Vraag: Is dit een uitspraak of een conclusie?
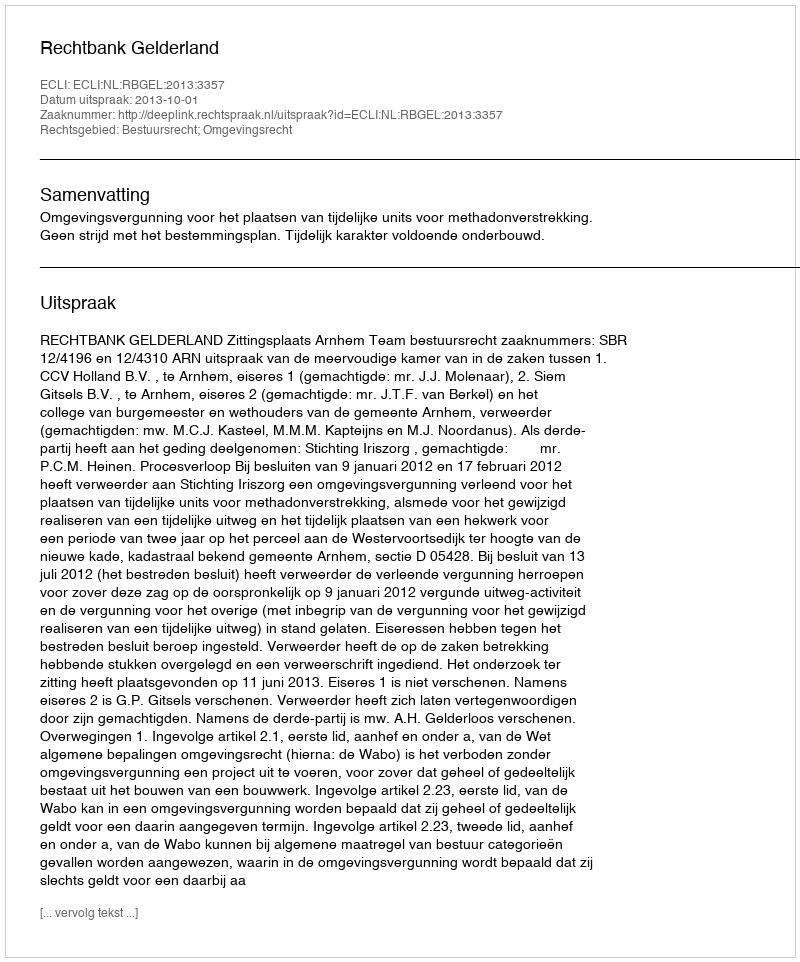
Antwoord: Uitspraak